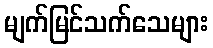
မျက်မြင်သက်သေများ